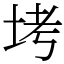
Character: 㘼